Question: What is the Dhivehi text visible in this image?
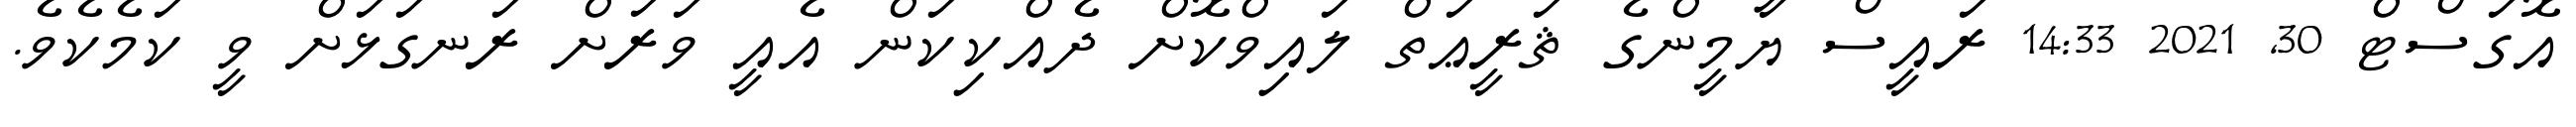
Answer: އޮގަސްޓް 30, 2021 14:33 ރައީސް ޔާމީންގެ ޘަރީޢަތް ލައިވްކޮށް ދެއްކިކަން އެއީ ވަރަށް ރަނގަޅަށް ވީ ކަމެކެވެ.